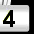
Digit: 4